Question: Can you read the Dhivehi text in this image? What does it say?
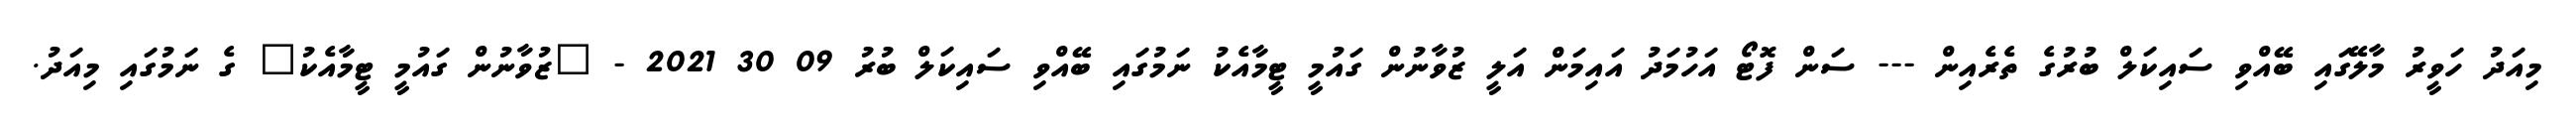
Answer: މިއަދު ހަވީރު މާލޭގައި ބޭއްވި ސައިކަލް ބުރުގެ ތެރެއިން --- ސަން ފޮޓޯ އަހުމަދު އައިމަން އަލީ ޒުވާނުން ގައުމީ ޓީމާއެކު ނަމުގައި ބޭއްވި ސައިކަލް ބުރު 09 30 2021 - "ޒުވާނުން ގައުމީ ޓީމާއެކު" ގެ ނަމުގައި މިއަދު.